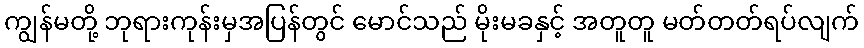
ကျွန်မတို့ ဘုရားကုန်းမှအပြန်တွင် မောင်သည် မိုးမခနှင့် အတူတူ မတ်တတ်ရပ်လျက်